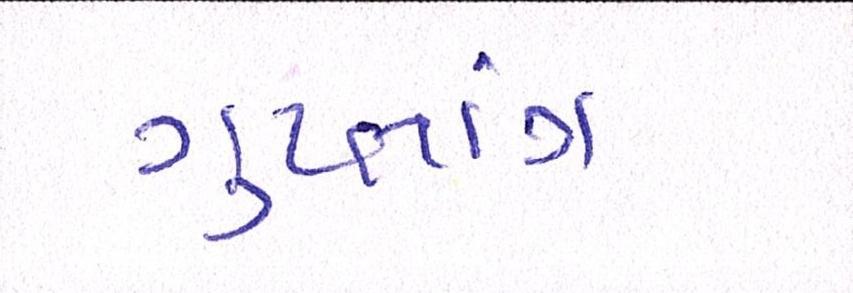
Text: ગુપ્તાંગ